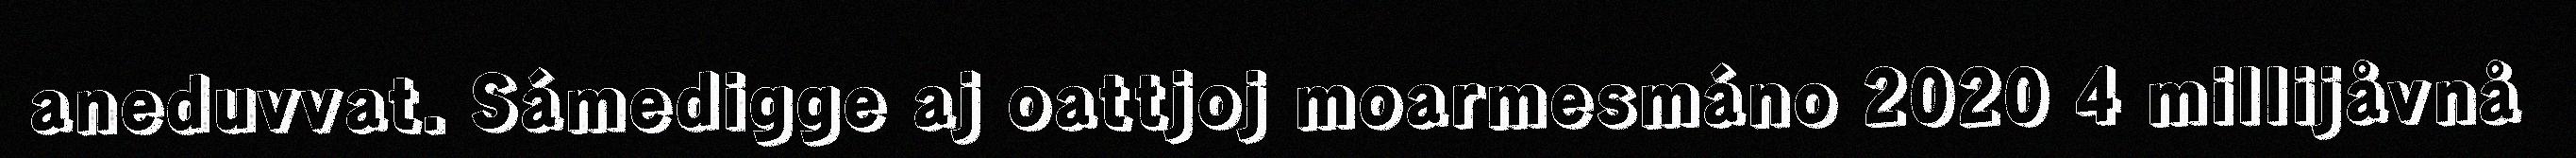
aneduvvat. Sámedigge aj oattjoj moarmesmáno 2020 4 millijåvnå